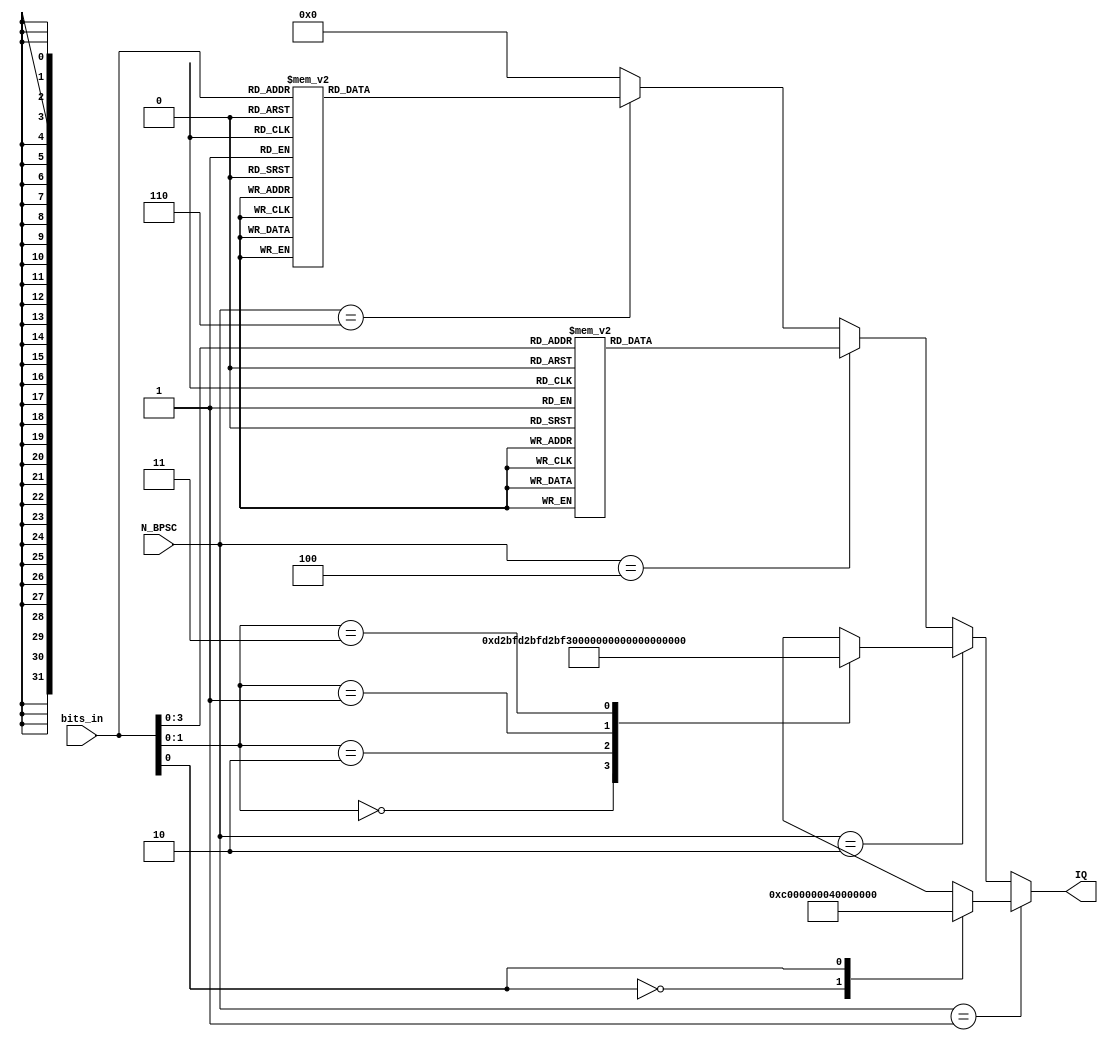
/*
 * modulation - TODO
 *
 * Michael Tetemke Mehari michael.mehari@ugent.be
 */

module modulation
(
  input  wire [2:0]  N_BPSC,
  input  wire [5:0]  bits_in,
  output reg  [31:0] IQ
);

// combinatorial logic
always @* begin
	IQ = {16'h0000, 16'h0000};
    // BPSK
    if(N_BPSC == 1) begin
      case(bits_in[0])
        1'b0:	IQ = {16'hC000, 16'h0000};

        1'b1:	IQ = {16'h4000, 16'h0000};
      endcase

    // QPSK
    end else if(N_BPSC == 2) begin
      case(bits_in[1:0])
        2'b00:	IQ = {16'hD2BF, 16'hD2BF};
        2'b10:	IQ = {16'hD2BF, 16'h2D41};

        2'b01:	IQ = {16'h2D41, 16'hD2BF};
        2'b11:	IQ = {16'h2D41, 16'h2D41};
      endcase

    // 16 QAM
    end else if(N_BPSC == 4) begin
      case(bits_in[3:0])
        4'b0000:	IQ = {16'hC349, 16'hC349};
        4'b1000:	IQ = {16'hC349, 16'hEBC3};
        4'b1100:	IQ = {16'hC349, 16'h143D};
        4'b0100:	IQ = {16'hC349, 16'h3CB7};

        4'b0010:	IQ = {16'hEBC3, 16'hC349};
        4'b1010:	IQ = {16'hEBC3, 16'hEBC3};
        4'b1110:	IQ = {16'hEBC3, 16'h143D};
        4'b0110:	IQ = {16'hEBC3, 16'h3CB7};

        4'b0011:	IQ = {16'h143D, 16'hC349};
        4'b1011:	IQ = {16'h143D, 16'hEBC3};
        4'b1111:	IQ = {16'h143D, 16'h143D};
        4'b0111:	IQ = {16'h143D, 16'h3CB7};

        4'b0001:	IQ = {16'h3CB7, 16'hC349};
        4'b1001:	IQ = {16'h3CB7, 16'hEBC3};
        4'b1101:	IQ = {16'h3CB7, 16'h143D};
        4'b0101:	IQ = {16'h3CB7, 16'h3CB7};
      endcase

    // 64 QAM
    end else if(N_BPSC == 6) begin
      case(bits_in[5:0])
        6'b000000:	IQ = {16'hBAE0, 16'hBAE0};
        6'b100000:	IQ = {16'hBAE0, 16'hCEA0};
        6'b110000:	IQ = {16'hBAE0, 16'hE260};
        6'b010000:	IQ = {16'hBAE0, 16'hF620};
        6'b011000:	IQ = {16'hBAE0, 16'h09E0};
        6'b111000:	IQ = {16'hBAE0, 16'h1DA0};
        6'b101000:	IQ = {16'hBAE0, 16'h3160};
        6'b001000:	IQ = {16'hBAE0, 16'h4520};

        6'b000100:	IQ = {16'hCEA0, 16'hBAE0};
        6'b100100:	IQ = {16'hCEA0, 16'hCEA0};
        6'b110100:	IQ = {16'hCEA0, 16'hE260};
        6'b010100:	IQ = {16'hCEA0, 16'hF620};
        6'b011100:	IQ = {16'hCEA0, 16'h09E0};
        6'b111100:	IQ = {16'hCEA0, 16'h1DA0};
        6'b101100:	IQ = {16'hCEA0, 16'h3160};
        6'b001100:	IQ = {16'hCEA0, 16'h4520};

        6'b000110:	IQ = {16'hE260, 16'hBAE0};
        6'b100110:	IQ = {16'hE260, 16'hCEA0};
        6'b110110:	IQ = {16'hE260, 16'hE260};
        6'b010110:	IQ = {16'hE260, 16'hF620};
        6'b011110:	IQ = {16'hE260, 16'h09E0};
        6'b111110:	IQ = {16'hE260, 16'h1DA0};
        6'b101110:	IQ = {16'hE260, 16'h3160};
        6'b001110:	IQ = {16'hE260, 16'h4520};

        6'b000010:	IQ = {16'hF620, 16'hBAE0};
        6'b100010:	IQ = {16'hF620, 16'hCEA0};
        6'b110010:	IQ = {16'hF620, 16'hE260};
        6'b010010:	IQ = {16'hF620, 16'hF620};
        6'b011010:	IQ = {16'hF620, 16'h09E0};
        6'b111010:	IQ = {16'hF620, 16'h1DA0};
        6'b101010:	IQ = {16'hF620, 16'h3160};
        6'b001010:	IQ = {16'hF620, 16'h4520};

        6'b000011:	IQ = {16'h09E0, 16'hBAE0};
        6'b100011:	IQ = {16'h09E0, 16'hCEA0};
        6'b110011:	IQ = {16'h09E0, 16'hE260};
        6'b010011:	IQ = {16'h09E0, 16'hF620};
        6'b011011:	IQ = {16'h09E0, 16'h09E0};
        6'b111011:	IQ = {16'h09E0, 16'h1DA0};
        6'b101011:	IQ = {16'h09E0, 16'h3160};
        6'b001011:	IQ = {16'h09E0, 16'h4520};

        6'b000111:	IQ = {16'h1DA0, 16'hBAE0};
        6'b100111:	IQ = {16'h1DA0, 16'hCEA0};
        6'b110111:	IQ = {16'h1DA0, 16'hE260};
        6'b010111:	IQ = {16'h1DA0, 16'hF620};
        6'b011111:	IQ = {16'h1DA0, 16'h09E0};
        6'b111111:	IQ = {16'h1DA0, 16'h1DA0};
        6'b101111:	IQ = {16'h1DA0, 16'h3160};
        6'b001111:	IQ = {16'h1DA0, 16'h4520};

        6'b000101:	IQ = {16'h3160, 16'hBAE0};
        6'b100101:	IQ = {16'h3160, 16'hCEA0};
        6'b110101:	IQ = {16'h3160, 16'hE260};
        6'b010101:	IQ = {16'h3160, 16'hF620};
        6'b011101:	IQ = {16'h3160, 16'h09E0};
        6'b111101:	IQ = {16'h3160, 16'h1DA0};
        6'b101101:	IQ = {16'h3160, 16'h3160};
        6'b001101:	IQ = {16'h3160, 16'h4520};

        6'b000001:	IQ = {16'h4520, 16'hBAE0};
        6'b100001:	IQ = {16'h4520, 16'hCEA0};
        6'b110001:	IQ = {16'h4520, 16'hE260};
        6'b010001:	IQ = {16'h4520, 16'hF620};
        6'b011001:	IQ = {16'h4520, 16'h09E0};
        6'b111001:	IQ = {16'h4520, 16'h1DA0};
        6'b101001:	IQ = {16'h4520, 16'h3160};
        6'b001001:	IQ = {16'h4520, 16'h4520};
      endcase
    end
end
endmodule